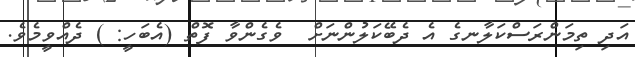
އަދި ތިމަންރަސްކަލާނގެ އެ ދެބޭކަލުންނަށް  ވެގެންވާ ފޮތް (އެބަހީ: ) ދެއްވީމެވެ.